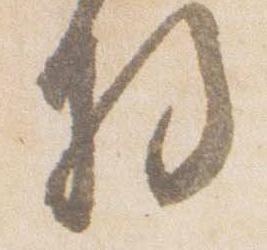
将